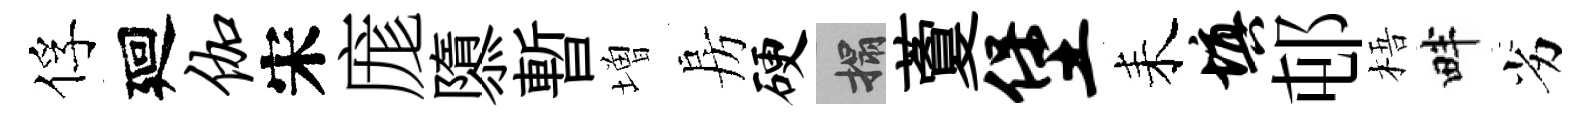
俘廻伽宋庬隳暫増房硬搨藑堡耒填邨梧畔劣